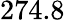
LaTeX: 274.8